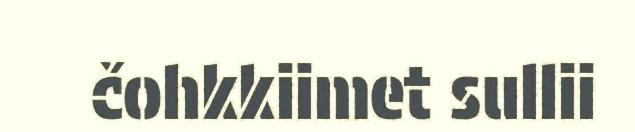
čohkkiimet sullii